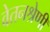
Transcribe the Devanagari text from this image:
वेतनश्रेणी